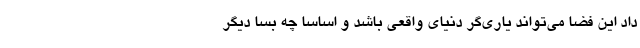
داد این فضا می‌تواند یاری‌گر دنیای واقعی باشد و اساساً چه بسا دیگر